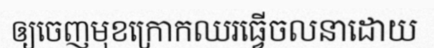
ឲ្យចេញមុខក្រោកឈរធ្វើចលនាដោយ